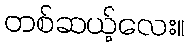
တစ်ဆယ့်လေး။